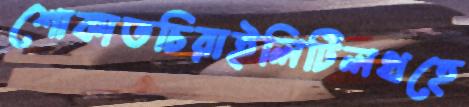
শোকাতচিরাইলিটিলথহে